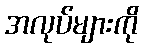
အလုပ်များကို